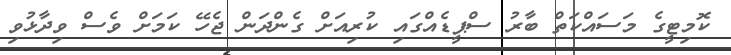
ކޮމިޓީގެ މަސައްކަތް ބާރު ސްޕީޑެއްގައި ކުރިއަށް ގެންދަން ޖެހޭ ކަމަށް ވެސް ވިދާޅުވި